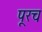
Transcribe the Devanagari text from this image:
पूरच